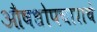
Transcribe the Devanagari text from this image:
औषधोपचाराचे